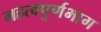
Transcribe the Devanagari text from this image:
महत्वपुर्णभाग